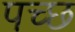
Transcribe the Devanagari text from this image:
पच्‍छ